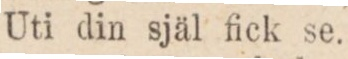
Uti din själ fick se.